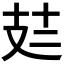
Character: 𪯆